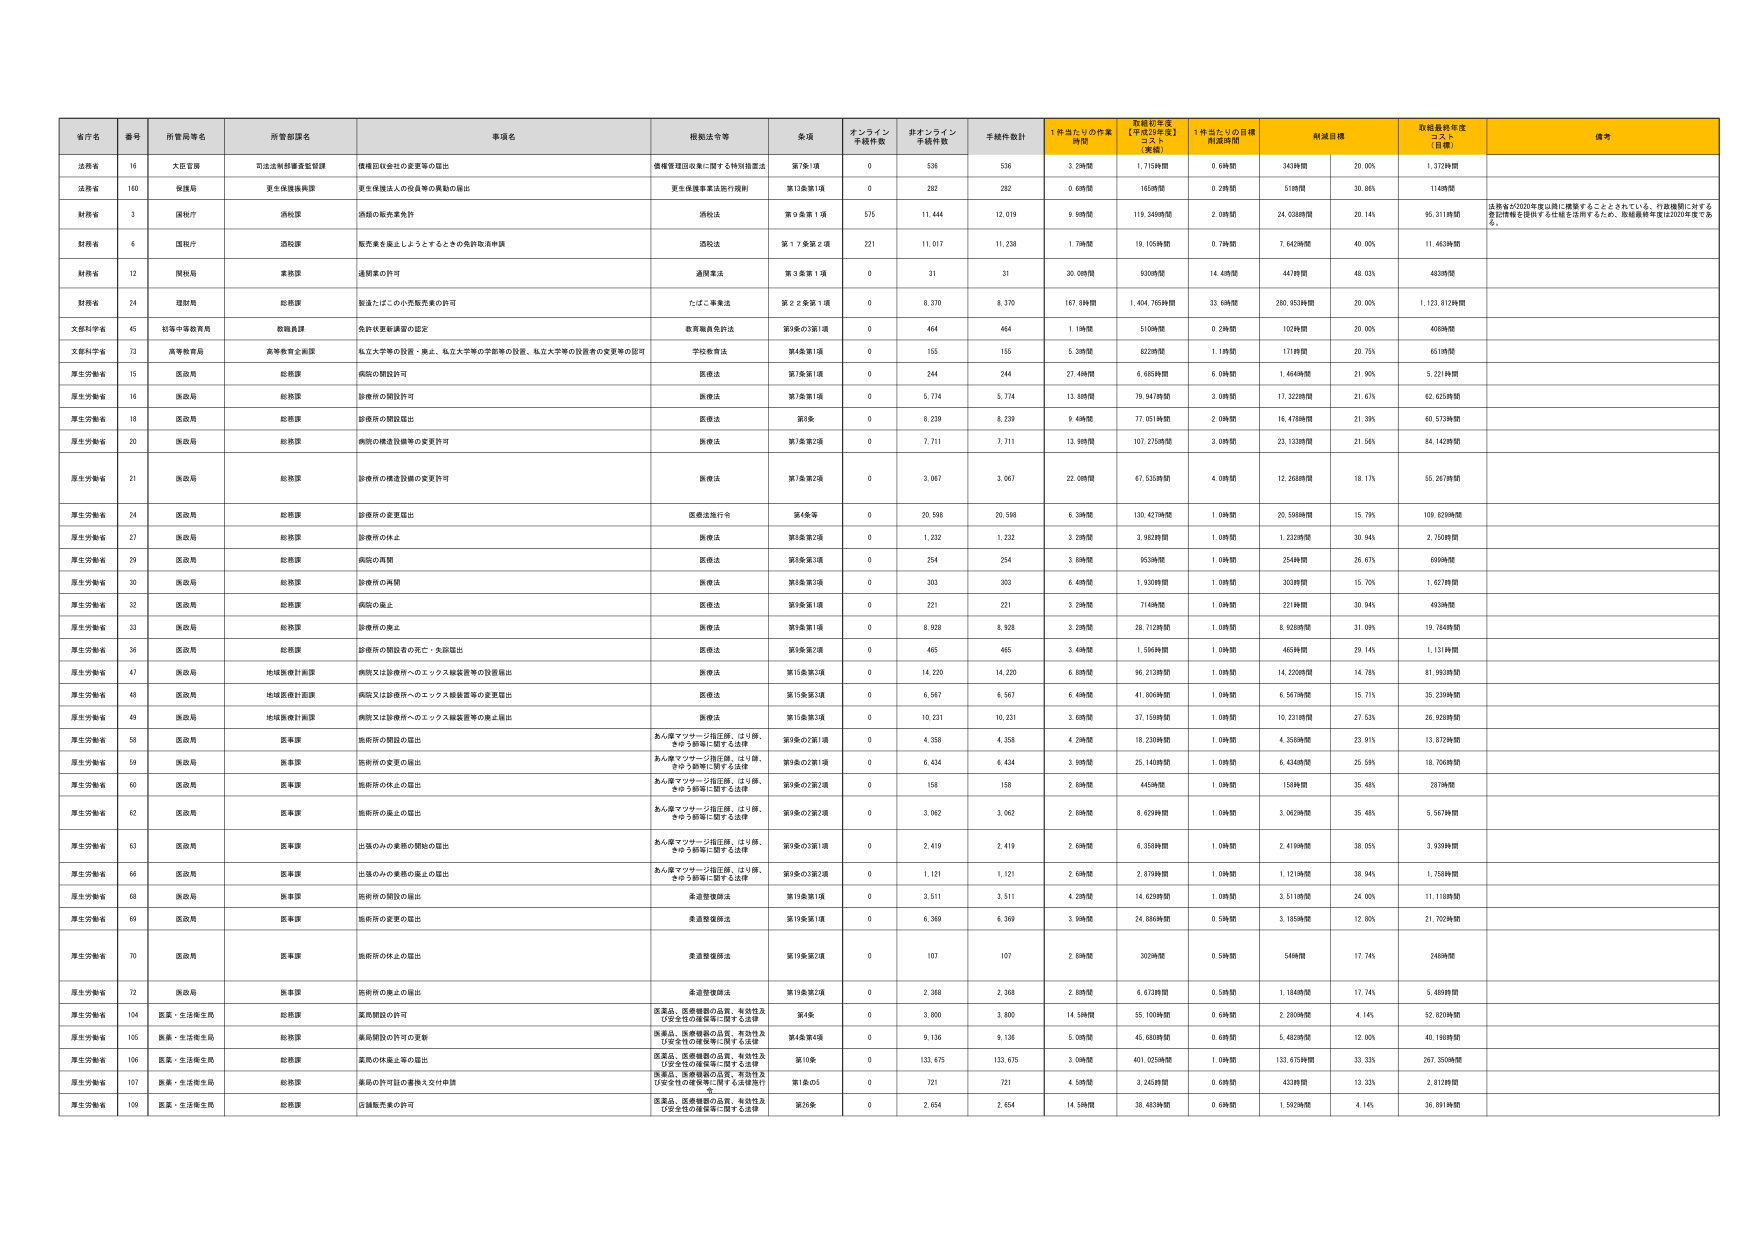
省庁名 番号 所管局等名 所管部局名 事項名 根拠法令等 条項 オンライン 手続件数 非オンライン 手続件数 手続件数計 1件当たりの作業 時間 取組初年度 【平成29年度】 コスト（実績） 1件当たりの目標 作成時間 削減目標 取組最終年度 コスト（目標） 備考
法務省 16 大臣官房 司法法制調査室管課 債権回収委託の変更等の届出 債権管理団体等に関する特別措置法 第7条1項 0 536 536 3.29時間 1,715時間 0.69時間 343時間 20.00% 1,372時間
法務省 160 保健局 更生保護施設 更生保護事業法施行規則 更生保護事業法施行規則 第11条第1項 0 282 282 0.68時間 165時間 0.28時間 51時間 30.86% 114時間
財務省 3 国税庁 酒税課 酒類の販売業許可 酒税法 第9条第1項 575 11,444 12,019 9.99時間 119,349時間 2.09時間 24,038時間 20.14% 95,311時間 法務省が2020年度以降に推進することとされている、行政機関に対する登記情報を提供する仕組を活用するため、取組最終年度は2020年度である。
財務省 6 国税庁 酒税課 販売業を廃止しようとするときの免許取消申請 酒税法 第17条第2項 221 11,017 11,238 1.79時間 19,105時間 0.79時間 7,642時間 40.00% 11,463時間
財務省 12 国税局 業務課 通関業の許可 通関業法 第3条第1項 0 31 31 30.08時間 930時間 14.48時間 447時間 48.03% 483時間
財務省 24 運輸局 総務課 製造したこの小売販売業の許可 たばこ事業法 第22条第1項 0 8,370 8,370 167.89時間 1,404,765時間 33.69時間 280,953時間 20.00% 1,123,812時間
文部科学省 45 科学技術振興局 検閲員課 免許状更新講習の認定 教育職員免許法 第9条の3第1項 0 464 464 1.19時間 510時間 0.29時間 102時間 20.00% 408時間
文部科学省 73 高等教育局 高等教育企画課 私立大学等の設置・廃止、私立大学等の学部等の設置、私立大学等の設置者の変更等の認可 学校教育法 第4条第1項 0 155 155 5.39時間 825時間 1.19時間 171時間 20.75% 651時間
厚生労働省 15 医政局 総務課 病院の開設許可 医療法 第7条第1項 0 244 244 27.48時間 6,685時間 6.09時間 1,464時間 21.90% 5,221時間
厚生労働省 16 医政局 総務課 診療所の開設許可 医療法 第7条第1項 0 5,774 5,774 13.89時間 79,947時間 3.09時間 17,322時間 21.67% 62,625時間
厚生労働省 18 医政局 総務課 診療所の開設届出 医療法 第8条 0 8,239 8,239 9.49時間 77,051時間 2.09時間 16,478時間 21.39% 60,573時間
厚生労働省 20 医政局 総務課 病院の構造設備等の変更許可 医療法 第7条第2項 0 7,711 7,711 13.99時間 107,275時間 3.09時間 23,123時間 21.56% 84,142時間
厚生労働省 21 医政局 総務課 診療所の構造設備の変更許可 医療法 第7条第2項 0 3,067 3,067 22.08時間 67,535時間 4.09時間 12,268時間 18.17% 55,267時間
厚生労働省 24 医政局 総務課 診療所の変更届出 医療法施行令 第4条等 0 20,598 20,598 6.39時間 130,427時間 1.09時間 20,598時間 15.79% 109,829時間
厚生労働省 27 医政局 総務課 診療所の休止 医療法 第8条第2項 0 1,232 1,232 3.29時間 3,982時間 1.09時間 1,232時間 30.94% 2,750時間
厚生労働省 29 医政局 総務課 病院の再開 医療法 第8条第3項 0 254 254 3.89時間 955時間 1.09時間 254時間 26.67% 699時間
厚生労働省 30 医政局 総務課 診療所の再開 医療法 第8条第3項 0 303 303 6.48時間 1,930時間 1.09時間 303時間 15.70% 1,627時間
厚生労働省 32 医政局 総務課 病院の廃止 医療法 第8条第1項 0 221 221 3.29時間 714時間 1.09時間 221時間 30.04% 493時間
厚生労働省 33 医政局 総務課 診療所の廃止 医療法 第8条第1項 0 8,928 8,928 3.29時間 28,712時間 1.09時間 8,928時間 31.09% 19,784時間
厚生労働省 36 医政局 総務課 診療所の開設者の死亡・失踪届出 医療法 第8条第2項 0 465 465 3.49時間 1,599時間 1.09時間 465時間 29.14% 1,131時間
厚生労働省 47 医政局 地域医療計画課 病院又は診療所へのエックス線装置等の設置届出 医療法 第15条第3項 0 14,220 14,220 6.89時間 96,213時間 1.09時間 14,220時間 14.78% 81,993時間
厚生労働省 48 医政局 地域医療計画課 病院又は診療所へのエックス線装置等の変更届出 医療法 第15条第3項 0 6,567 6,567 6.49時間 41,806時間 1.09時間 6,567時間 15.71% 35,239時間
厚生労働省 49 医政局 地域医療計画課 病院又は診療所へのエックス線装置等の廃止届出 医療法 第15条第3項 0 10,231 10,231 3.69時間 37,159時間 1.09時間 10,231時間 27.53% 26,928時間
厚生労働省 58 医政局 医事課 施術所の開設の届出 あん摩マッサージ指圧師、はり師、 きゅう師等に関する法律 第9条の3第1項 0 4,358 4,358 4.29時間 18,230時間 1.09時間 4,358時間 23.91% 13,872時間
厚生労働省 59 医政局 医事課 施術所の変更の届出 あん摩マッサージ指圧師、はり師、 きゅう師等に関する法律 第9条の3第1項 0 4,434 4,434 3.99時間 25,140時間 1.09時間 4,434時間 25.59% 18,706時間
厚生労働省 60 医政局 医事課 施術所の休止の届出 あん摩マッサージ指圧師、はり師、 きゅう師等に関する法律 第9条の3第2項 0 158 158 2.89時間 445時間 1.09時間 158時間 35.48% 287時間
厚生労働省 62 医政局 医事課 施術所の廃止の届出 あん摩マッサージ指圧師、はり師、 きゅう師等に関する法律 第9条の3第2項 0 3,062 3,062 2.89時間 8,829時間 1.09時間 3,062時間 35.48% 5,567時間
厚生労働省 63 医政局 医事課 出張の人の業務の開始の届出 あん摩マッサージ指圧師、はり師、 きゅう師等に関する法律 第9条の3第1項 0 2,419 2,419 2.69時間 6,358時間 1.09時間 2,419時間 38.05% 3,939時間
厚生労働省 66 医政局 医事課 出張の人の業務の廃止の届出 あん摩マッサージ指圧師、はり師、 きゅう師等に関する法律 第9条の3第2項 0 1,121 1,121 2.69時間 2,879時間 1.09時間 1,121時間 38.94% 1,758時間
厚生労働省 68 医政局 医事課 施術所の開設の届出 柔道整復師法 第19条第1項 0 3,511 3,511 4.29時間 14,629時間 1.09時間 3,511時間 24.00% 11,118時間
厚生労働省 69 医政局 医事課 施術所の変更の届出 柔道整復師法 第19条第1項 0 6,369 6,369 3.99時間 24,886時間 0.59時間 3,185時間 12.80% 21,702時間
厚生労働省 70 医政局 医事課 施術所の休止の届出 柔道整復師法 第19条第2項 0 107 107 2.89時間 303時間 0.59時間 54時間 17.74% 248時間
厚生労働省 72 医政局 医事課 施術所の廃止の届出 柔道整復師法 第19条第2項 0 2,368 2,368 2.89時間 6,473時間 0.59時間 1,184時間 17.74% 5,489時間
厚生労働省 104 医薬・生活衛生局 総務課 薬局開設の許可 医薬品、医療機器の品質、有効性及 び安全性の確保等に関する法律 第4条 0 3,800 3,800 14.59時間 55,100時間 0.69時間 2,280時間 4.14% 52,820時間
厚生労働省 105 医薬・生活衛生局 総務課 薬局開設の許可の更新 医薬品、医療機器の品質、有効性及 び安全性の確保等に関する法律 第4条第4項 0 9,136 9,136 5.09時間 45,680時間 0.69時間 5,482時間 12.00% 40,198時間
厚生労働省 106 医薬・生活衛生局 総務課 薬局の休業と廃の届出 医薬品、医療機器の品質、有効性及 び安全性の確保等に関する法律 第10条 0 133,675 133,675 3.09時間 401,025時間 1.09時間 133,675時間 33.33% 267,350時間
厚生労働省 107 医薬・生活衛生局 総務課 薬局の許可目的書換え交付申請 医薬品、医療機器の品質、有効性及 び安全性の確保等に関する法律 第1条の5 0 721 721 4.59時間 3,245時間 0.69時間 433時間 13.33% 2,812時間
厚生労働省 109 医薬・生活衛生局 総務課 店舗販売業の許可 医薬品、医療機器の品質、有効性及 び安全性の確保等に関する法律 第26条 0 2,654 2,654 14.59時間 38,483時間 0.69時間 1,592時間 4.14% 36,891時間